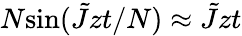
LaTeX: N\mathrm{sin}(\tilde{J}zt/N)\approx\tilde{J}zt